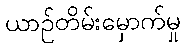
ယာဉ်တိမ်းမှောက်မှု